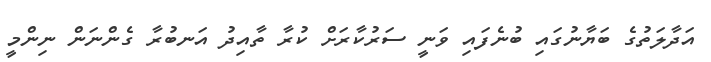
އަދާލަތުގެ ބަޔާނުގައި ބުނެފައި ވަނީ ސަރުކާރަށް ކުރާ ތާއިދު އަނބުރާ ގެންނަން ނިންމީ